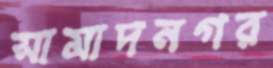
সামাদনগর